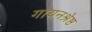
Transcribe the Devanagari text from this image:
गायनश्रेष्ठ